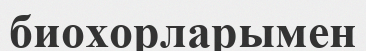
биохорларымен